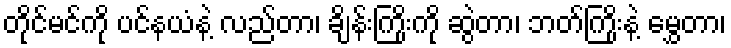
တိုင်မင်ကို ပင်နယံနဲ့ လည်တာ၊ ချိန်းကြိုးကို ဆွဲတာ၊ ဘတ်ကြိုးနဲ့ မွှေတာ၊